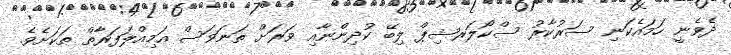
ދެވެނީ ހަމައެކަނި ސަރުކާރު ސްކޯލަރޝިޕް ލިބޭ ކުދިންނާއި ވަރަށް ތަނަވަސް އަމިއްލަފަރާތް ތަކަށެވެ.